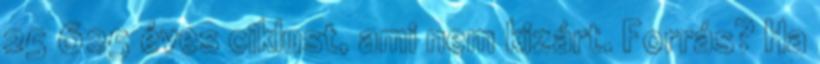
25 625 éves ciklust, ami nem kizárt. Forrás? Ha